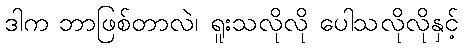
ဒါက ဘာဖြစ်တာလဲ၊ ရူးသလိုလို ပေါသလိုလိုနှင့်